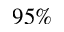
9 5 \%